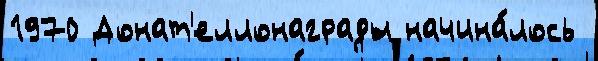
1970 Донат'еллонаграды начина́лось